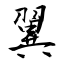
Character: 翼